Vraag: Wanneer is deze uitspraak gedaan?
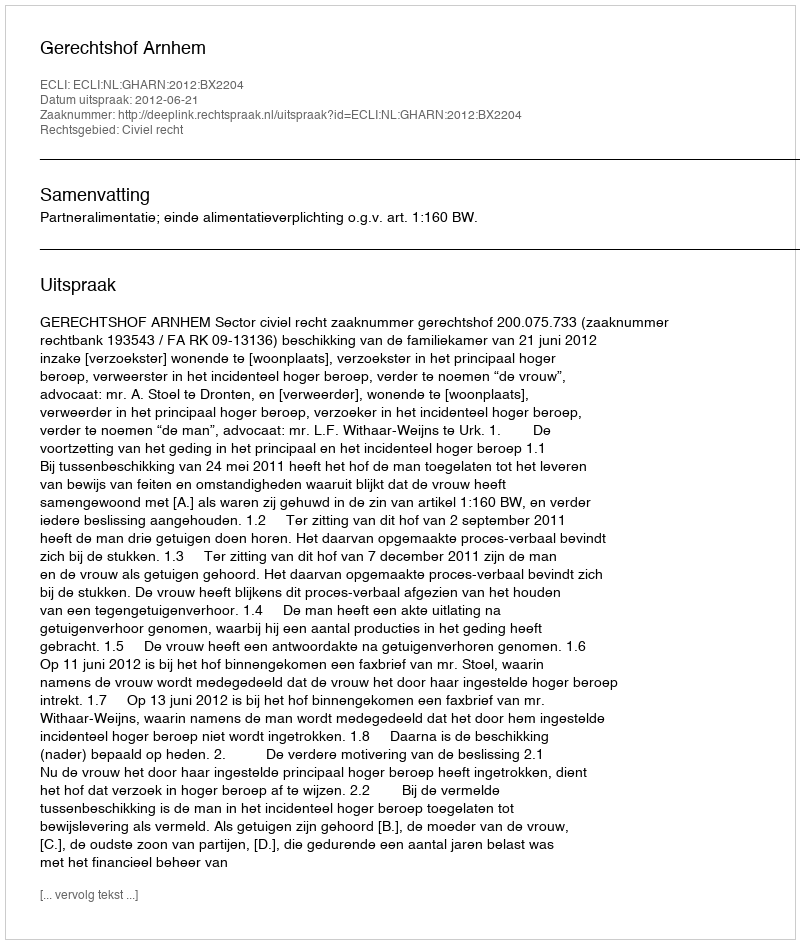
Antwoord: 2012-06-21